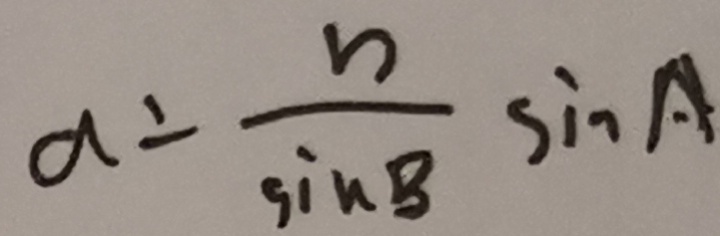
a = \frac { b } { \sin B } \sin A